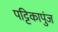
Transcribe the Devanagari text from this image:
पट्टिकापुंज